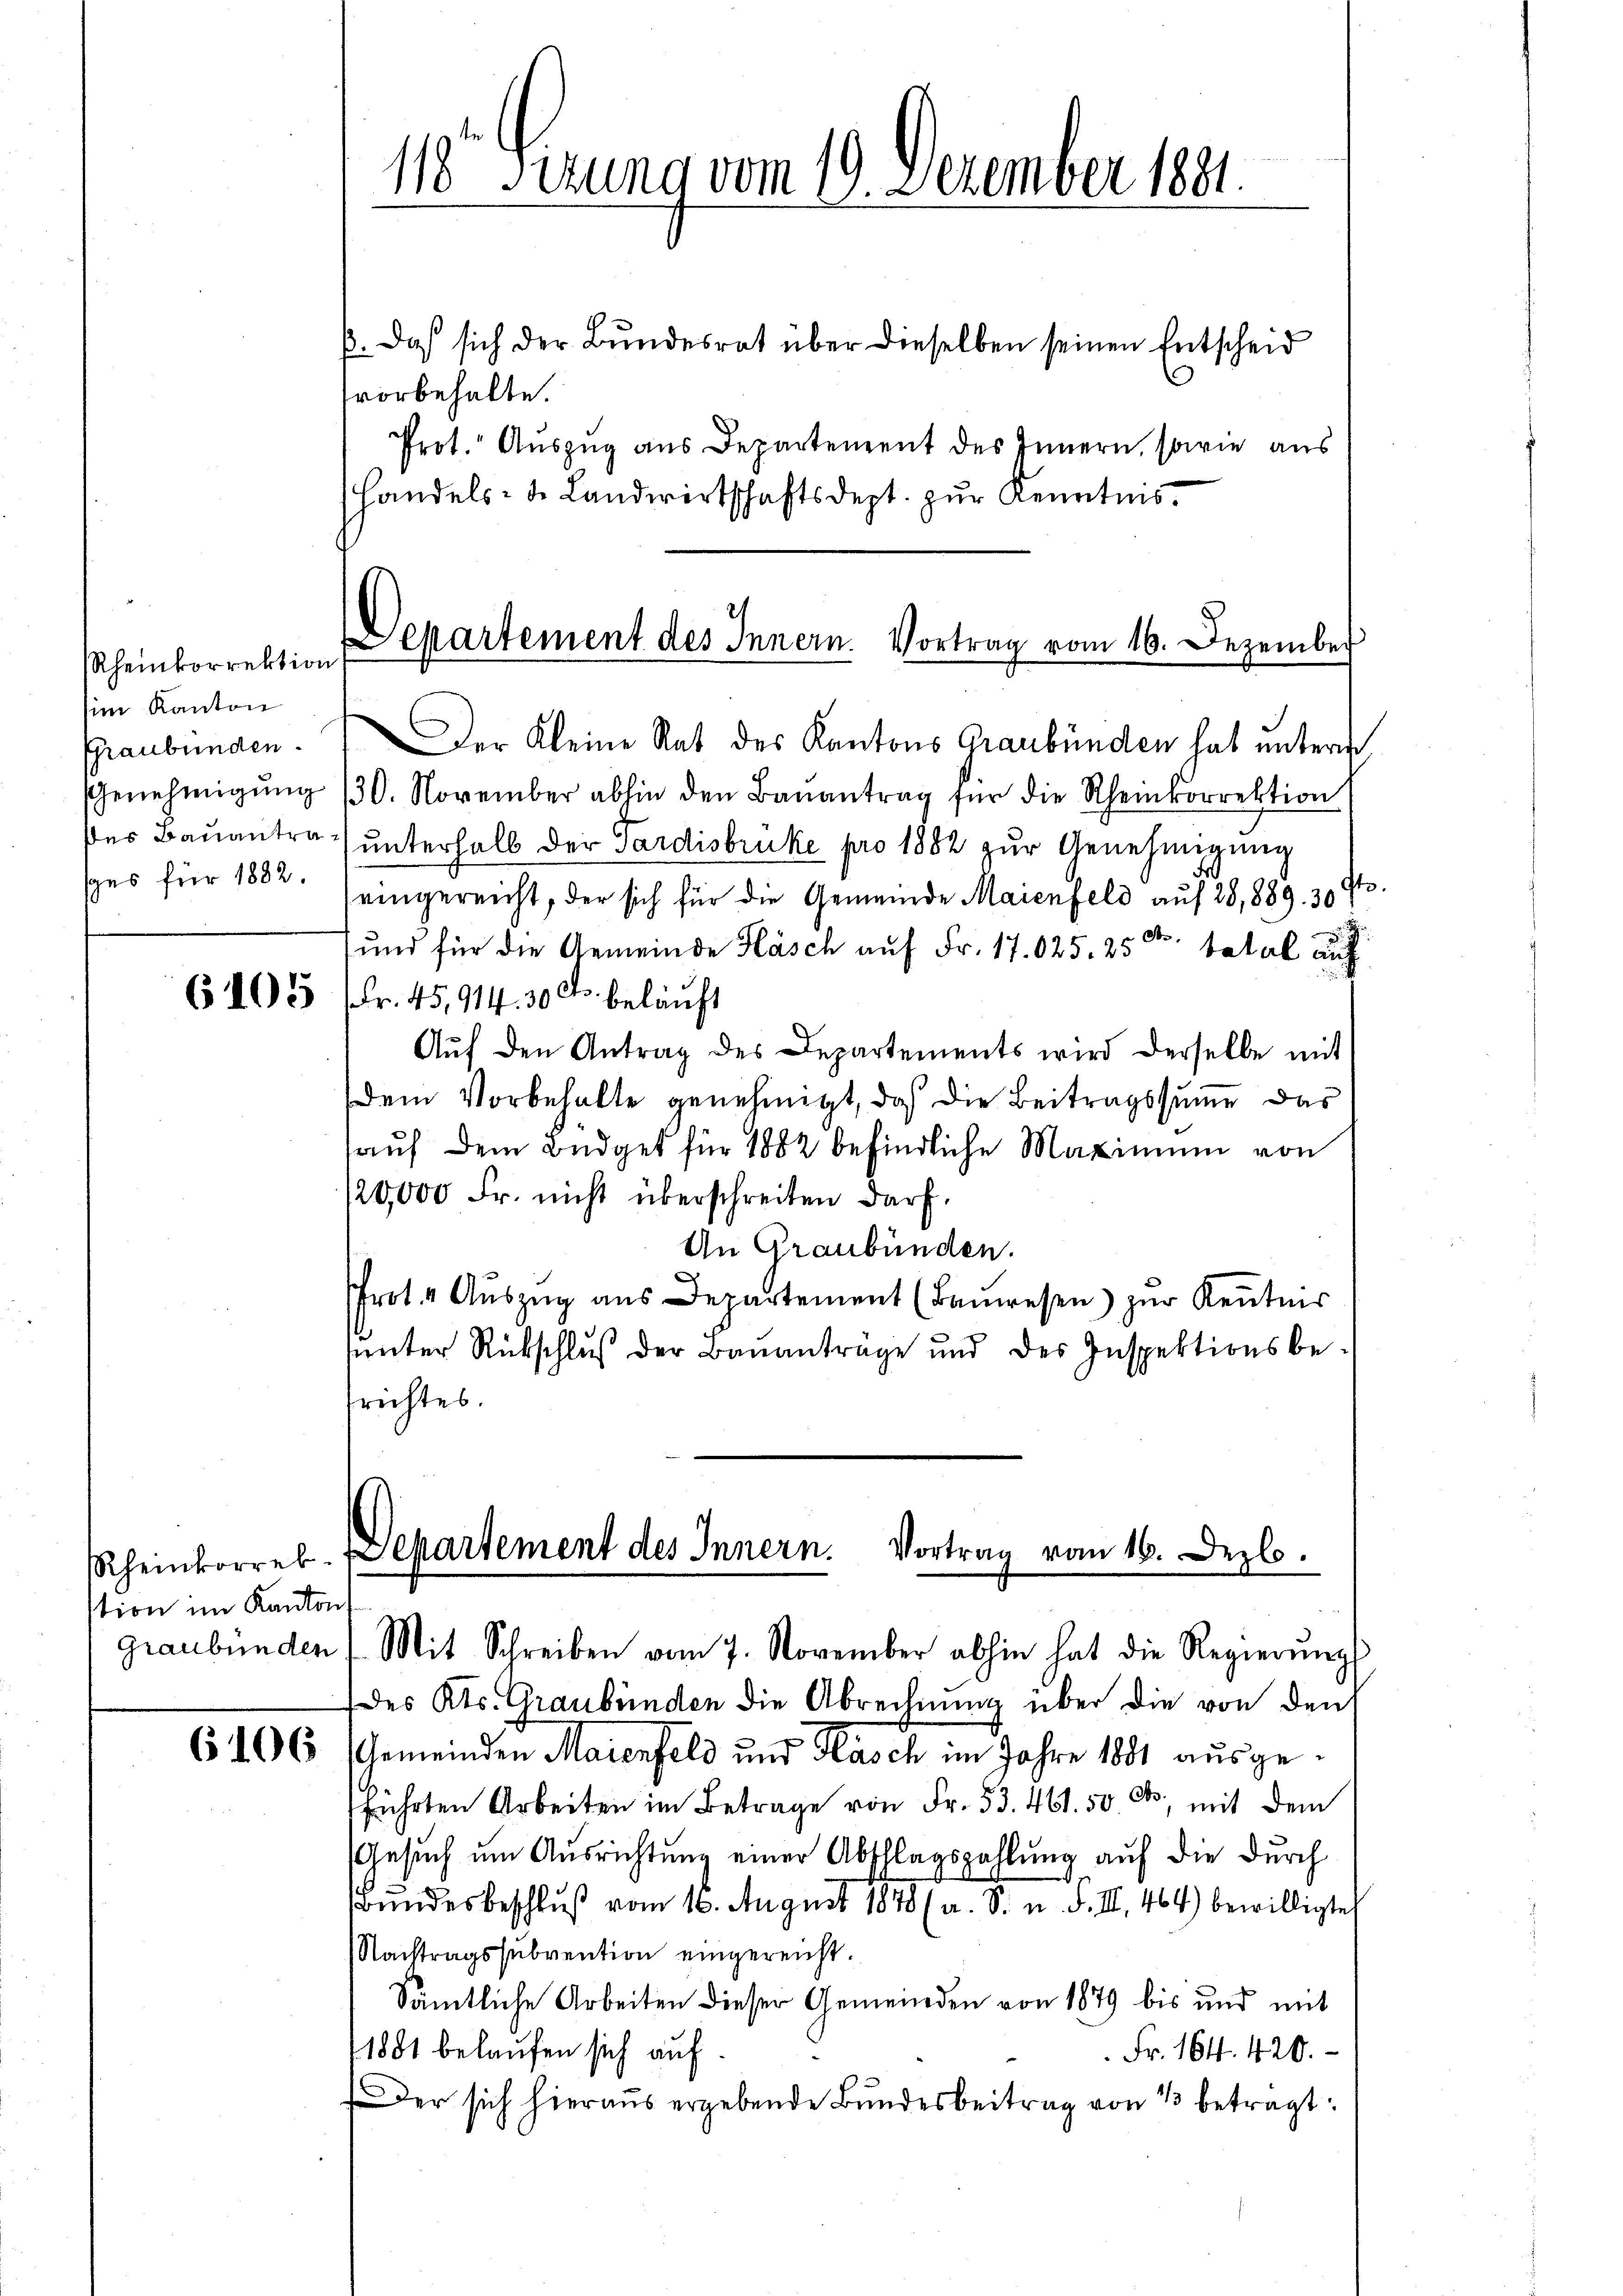
Rheinkorrektion
im Kanton
Graubünden.
ges für 1882.

tion im Kanton

118 Fezung vom 19. Dezember 1891.

p. Das sich der Bundesrat über dieselben seinen Entscheid
svorbehalte.
Prot. Auszug aus Departement des Innern, sowie aus
handels- u. Landwirtschaftsdept. zŭr Kenntnis-
Der Kleine Rat des Kantons Graubünden hat untern
Genehmigŭng 130. November abhin den Baŭantrag für die Rheinkorrektion
des Baŭantra unterhalb der Pardisbruke pro 1882 zur Genehmigung
eingereicht, der sich für die Gemeinde Maienfeld aŭf 28,889. 30 f.
und für die Gemeinde Häsch auf Fr. 17.025. 25 S. total auf
6105 (Fr. 45,914. 30 Fr. beläuft
Aŭf den Antrag des Departements wird derselbe mit
Dem Vorbehalte genehmigt, daß die Beitragssumme das
auf dem Büdget für 1882 befindliche Maximum von
120,000 Fr. nicht überschreiten darf.
An Graubünden.
Pfrot.  Auszug aus Departement (Baŭwesen) zur Kenntnis
unter Rückschluß der Baŭanträge und des Inspektionsbe-
frichtes.

Departement des Innern. Vortrag vom 16. Dezember

des Kts. Graubünden die Abrechnung über die von den
6106 Gemeinden Maienfeld und Kasch im Jahre 1881 ausgeführten Arbeiten im Betrage von Fr. 53. 461. 50. ds., mit dem
Gesuch um Ausrichtung einer Abschlagszahlung auf die durch
bundes beschluß vom 16. August 1848 (a. S. u. d. III. 464) bewilligte
Nachtragssubvention eingereicht.
Sämtliche Arbeiten dieser Gemeinden von 1879 bis und mit
1881 belaufen sich auf
 Fr. 164. 420.
Der sich hieraus ergebende Bundesbeitrag von 1 betragt:

Rheinkorrek-Departement des Innern. Vortrag vom 16. Dezbo.
graubünden) Mit Schreiben vom 7. November abhin hat die Regierŭng